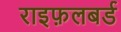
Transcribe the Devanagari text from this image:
राइफ़लबर्ड